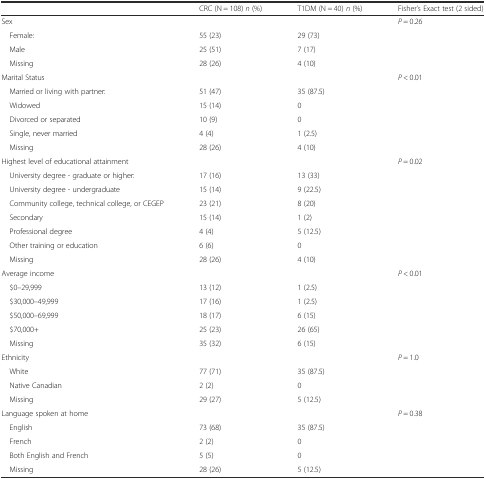
<table><thead><tr><td></td><td><b>CRC (N = 108) <i>n</i> (%)</b></td><td><b>T1DM (N = 40) <i>n</i> (%)</b></td><td><b>Fisher’s Exact test (2 sided)</b></td></tr></thead><tbody><tr><td>Sex</td><td></td><td></td><td><i>P</i> = 0.26</td></tr><tr><td> Female:</td><td>55 (23)</td><td>29 (73)</td><td></td></tr><tr><td> Male</td><td>25 (51)</td><td>7 (17)</td><td></td></tr><tr><td> Missing</td><td>28 (26)</td><td>4 (10)</td><td></td></tr><tr><td>Marital Status</td><td></td><td></td><td><i>P</i> &lt; 0.01</td></tr><tr><td> Married or living with partner:</td><td>51 (47)</td><td>35 (87.5)</td><td></td></tr><tr><td> Widowed</td><td>15 (14)</td><td>0</td><td></td></tr><tr><td> Divorced or separated</td><td>10 (9)</td><td>0</td><td></td></tr><tr><td> Single, never married</td><td>4 (4)</td><td>1 (2.5)</td><td></td></tr><tr><td> Missing</td><td>28 (26)</td><td>4 (10)</td><td></td></tr><tr><td>Highest level of educational attainment</td><td></td><td></td><td><i>P</i> = 0.02</td></tr><tr><td> University degree - graduate or higher:</td><td>17 (16)</td><td>13 (33)</td><td></td></tr><tr><td> University degree - undergraduate</td><td>15 (14)</td><td>9 (22.5)</td><td></td></tr><tr><td> Community college, technical college, or CEGEP</td><td>23 (21)</td><td>8 (20)</td><td></td></tr><tr><td> Secondary</td><td>15 (14)</td><td>1 (2)</td><td></td></tr><tr><td> Professional degree</td><td>4 (4)</td><td>5 (12.5)</td><td></td></tr><tr><td> Other training or education</td><td>6 (6)</td><td>0</td><td></td></tr><tr><td> Missing</td><td>28 (26)</td><td>4 (10)</td><td></td></tr><tr><td>Average income</td><td></td><td></td><td><i>P</i> &lt; 0.01</td></tr><tr><td> $0–29,999</td><td>13 (12)</td><td>1 (2.5)</td><td></td></tr><tr><td> $30,000–49,999</td><td>17 (16)</td><td>1 (2.5)</td><td></td></tr><tr><td> $50,000–69,999</td><td>18 (17)</td><td>6 (15)</td><td></td></tr><tr><td> $70,000+</td><td>25 (23)</td><td>26 (65)</td><td></td></tr><tr><td> Missing</td><td>35 (32)</td><td>6 (15)</td><td></td></tr><tr><td>Ethnicity</td><td></td><td></td><td><i>P</i> = 1.0</td></tr><tr><td> White</td><td>77 (71)</td><td>35 (87.5)</td><td></td></tr><tr><td> Native Canadian</td><td>2 (2)</td><td>0</td><td></td></tr><tr><td> Missing</td><td>29 (27)</td><td>5 (12.5)</td><td></td></tr><tr><td>Language spoken at home</td><td></td><td></td><td><i>P</i> = 0.38</td></tr><tr><td> English</td><td>73 (68)</td><td>35 (87.5)</td><td></td></tr><tr><td> French</td><td>2 (2)</td><td>0</td><td></td></tr><tr><td> Both English and French</td><td>5 (5)</td><td>0</td><td></td></tr><tr><td> Missing</td><td>28 (26)</td><td>5 (12.5)</td><td></td></tr></tbody></table>